Scottish Certificate of Education, 1963
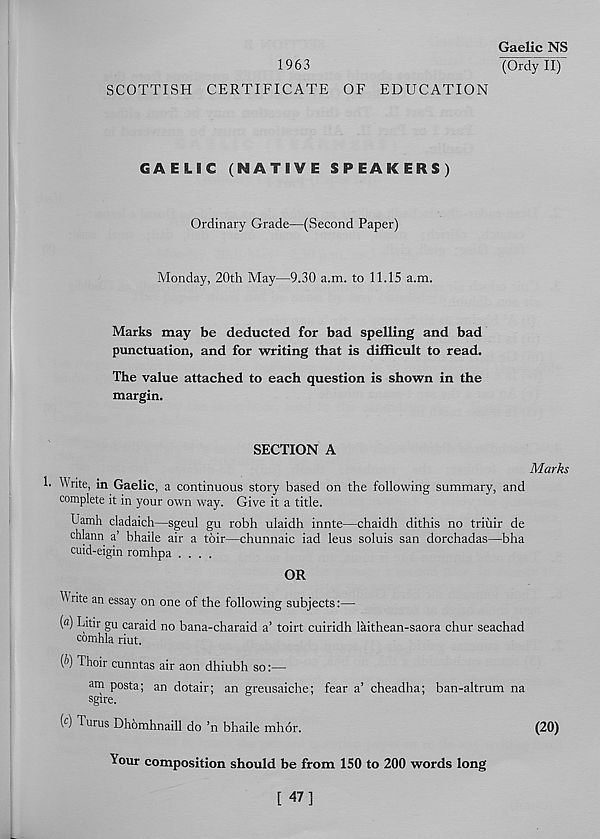
Gaelic NS
1963
(Ordyll)
SCOTTISH CERTIFICATE OF EDUCATION
GAELIC (NATIVE SPEAKERS)
Ordinary Grade—(Second Paper)
Monday, 20th May—9.30 a.m. to 11.15 a.m.
Marks may be deducted for bad spelling and bad
punctuation, and for writing that is difficult to read.
The value attached to each question is shown in the
margin.
SECTION A
1. Write, in Gaelic, a continuous story based on the following summary, and
complete it in your own way. Give it a title.
Uamh cladaich—sgeul gu robh ulaidh innte—chaidh dithis no triiiir de
chlann a’ bhaile air a toir—chunnaic iad leus soluis san dorchadas—bha
cuid-eigin romhpa ....
OR
Marks
11 rite an essay on one of the following subjects:—
(«) Litir gu caraid no bana-charaid a’ toirt cuiridh laithean-saora chur seachad
comhla riut.
(^) Thoir cunntas air aon dhiubh so:—
am posta; an dotair; an greusaiche; fear a’ cheadha; ban-altrum na
sgire.
( c ) Turus Dhomhnaill do ’n bhaile mhor.
(20)
Your composition should be from 150 to 200 words long